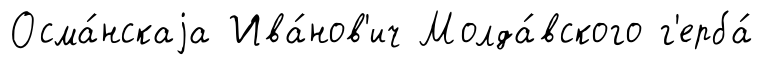
Осма́нскаjа Ива́нов'ич Молда́вского г'ерба́